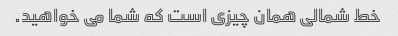
خط شمالی همان چیزی است که شما می خواهید.